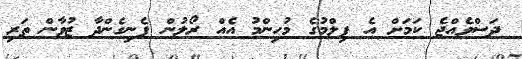
ދަސްވެއްޖެ ކަމަށް އެ ފިލްމުގެ މުހިންމު އެއް ރޯލުން ފެނިގެންދާ ޒުވާން ތަރި